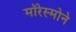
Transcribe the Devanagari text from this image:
मॉरेस्मोने